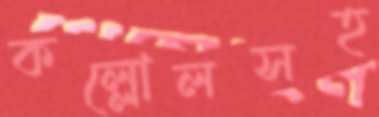
কল্লোলসহ